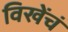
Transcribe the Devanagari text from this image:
विखेंचं